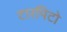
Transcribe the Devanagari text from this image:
टारपिटो